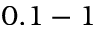
0 . 1 - 1